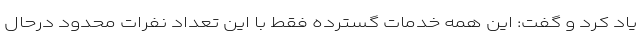
یاد کرد و گفت: این همه خدمات گسترده فقط با این تعداد نفرات محدود درحال